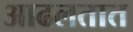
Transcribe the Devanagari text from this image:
आढलतात